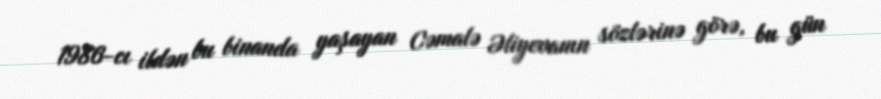
1986-cı ildən bu binanda yaşayan Cəmalə Əliyevanın sözlərinə görə, bu gün